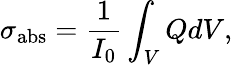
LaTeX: \sigma_{\textrm{abs}}=\frac{1}{I_{0}}\int_{V}QdV,